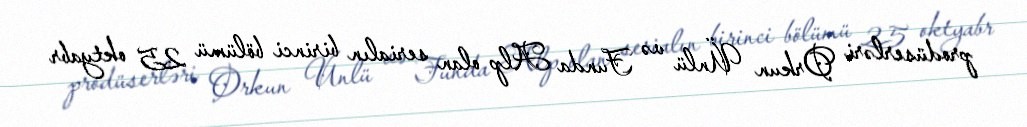
prodüserləri Orkun Ünlü və Funda Alp olan serialın birinci bölümü 25 oktyabr